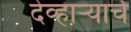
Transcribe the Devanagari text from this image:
देव्हाऱ्याचे